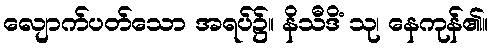
လျောက်ပတ်သော အရပ်၌။ နိသီဒိံ သု၊ နေကုန်၏။